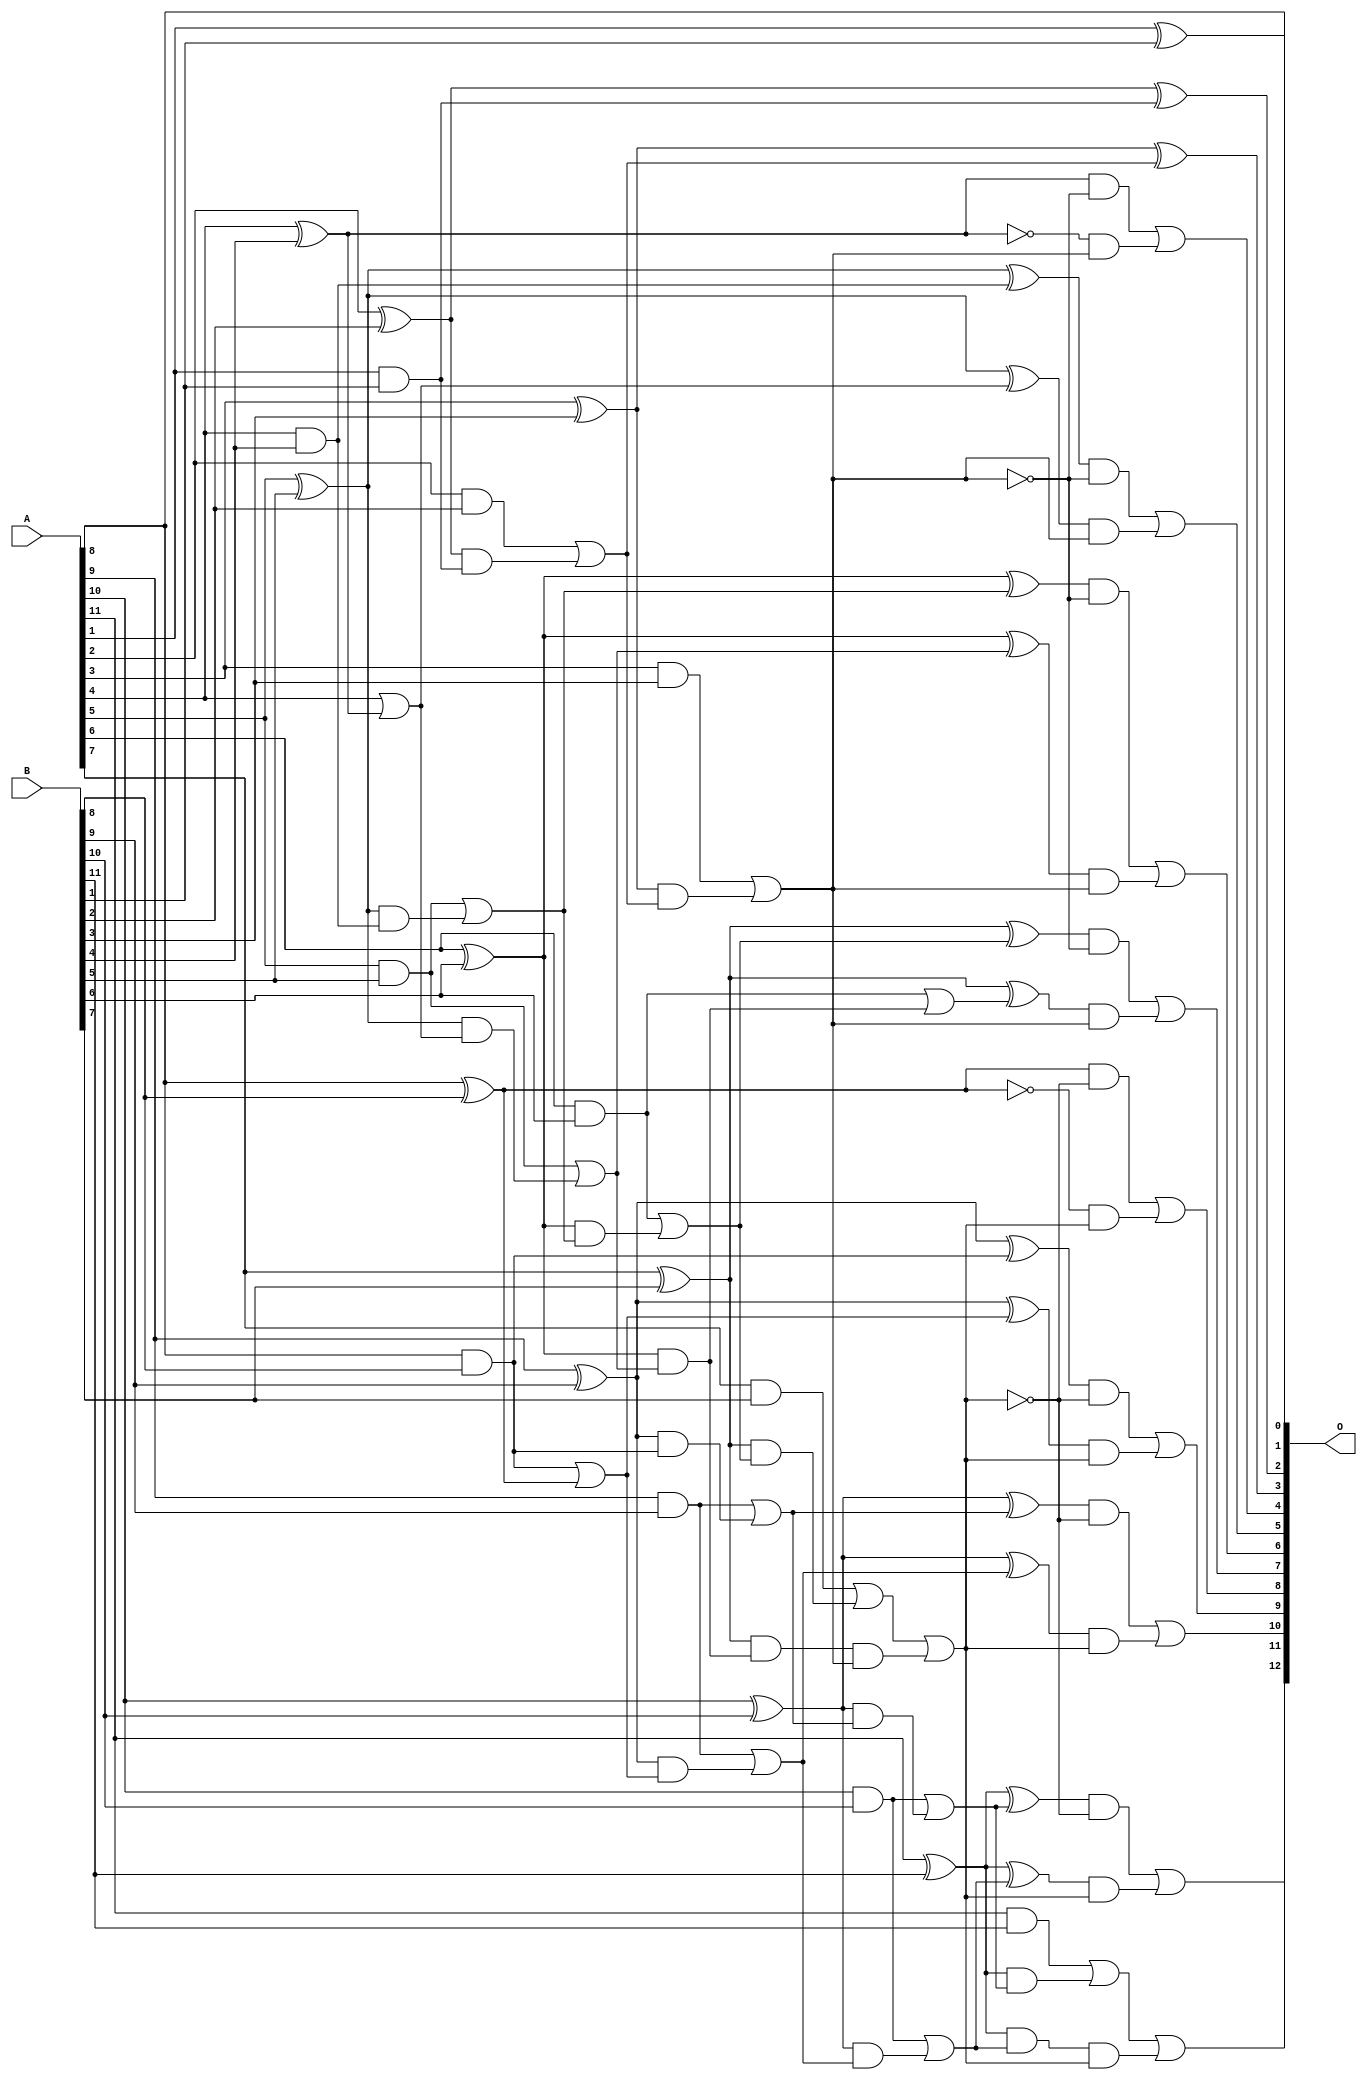
/***
* This code is a part of EvoApproxLib library (ehw.fit.vutbr.cz/approxlib) distributed under The MIT License.
* When used, please cite the following article(s): PRABAKARAN B. S., MRAZEK V., VASICEK Z., SEKANINA L., SHAFIQUE M. ApproxFPGAs: Embracing ASIC-based Approximate Arithmetic Components for FPGA-Based Systems. DAC 2020. 
***/
// MAE% = 0.0098 %
// MAE = 0.8 
// WCE% = 0.024 %
// WCE = 2.0 
// WCRE% = 100.00 %
// EP% = 62.50 %
// MRE% = 0.026 %
// MSE = 1.0 
// FPGA_POWER = 0.43
// FPGA_DELAY = 7.7
// FPGA_LUT = 17

module add12u_1C0(A, B, O);
  input [11:0] A, B;
  output [12:0] O;
  wire n_253, n_414, n_318, n_250, n_256, n_312, n_259, n_417, n_315, n_45;
  wire n_42, n_48, n_380, n_383, n_148, n_389, n_303, n_405, n_402, n_244;
  wire n_247, n_408, n_30, n_33, n_39, n_392, n_396, n_151, n_399, n_154;
  wire n_157, n_231, n_293, n_234, n_23, n_22, n_21, n_20, n_262, n_290;
  wire n_343, n_327, n_324, n_129, n_321, n_126, n_120, n_123, n_182, n_228;
  wire n_346, n_340, n_185, n_222, n_188, n_420, n_268, n_18, n_19, n_16;
  wire n_17, n_14, n_15, n_12, n_13, n_10, n_11, n_95, n_92, n_386;
  wire n_98, n_330, n_306, n_138, n_337, n_135, n_355, n_352, n_194, n_197;
  wire n_191, n_358, n_82, n_86, n_89, n_101, n_107, n_104, n_361, n_365;
  wire n_368, n_371, n_117, n_110, n_79, n_299, n_113, n_296, n_76, n_70;
  wire n_73, n_216, n_213, n_210, n_219, n_275, n_51, n_272, n_374, n_377;
  wire n_278, n_163, n_166, n_169, n_281, n_64, n_284, n_61, n_287, n_203;
  wire n_206, n_309, n_265, n_8, n_9, n_4, n_5, n_6, n_7, n_0;
  wire n_1, n_2, n_3, n_172, n_58, n_179, n_55, n_67;
  assign n_0 = A[0];
  assign n_1 = A[1];
  assign n_2 = A[2];
  assign n_3 = A[3];
  assign n_4 = A[4];
  assign n_5 = A[5];
  assign n_6 = A[6];
  assign n_7 = A[7];
  assign n_8 = A[8];
  assign n_9 = A[9];
  assign n_10 = A[10];
  assign n_11 = A[11];
  assign n_12 = B[0];
  assign n_13 = B[1];
  assign n_14 = B[2];
  assign n_15 = B[3];
  assign n_16 = B[4];
  assign n_17 = B[5];
  assign n_18 = B[6];
  assign n_19 = B[7];
  assign n_20 = B[8];
  assign n_21 = B[9];
  assign n_22 = B[10];
  assign n_23 = B[11];
  assign n_30 = n_1 ^ n_13;
  assign n_33 = n_1 & n_13;
  assign n_39 = n_30;
  assign n_42 = n_33;
  assign n_45 = n_2 ^ n_14;
  assign n_48 = n_2 & n_14;
  assign n_51 = n_45 & n_42;
  assign n_55 = n_45 ^ n_33;
  assign n_58 = n_48 | n_51;
  assign n_61 = n_3 ^ n_15;
  assign n_64 = n_3 & n_15;
  assign n_67 = n_61 & n_58;
  assign n_70 = n_61 ^ n_58;
  assign n_73 = n_64 | n_67;
  assign n_76 = n_4 ^ n_16;
  assign n_79 = n_4 & n_16;
  assign n_82 = n_5 ^ n_17;
  assign n_86 = n_5 & n_17;
  assign n_89 = n_82 & n_79;
  assign n_92 = n_82 ^ n_79;
  assign n_95 = n_86 | n_89;
  assign n_98 = n_6 ^ n_18;
  assign n_101 = n_6 & n_18;
  assign n_104 = n_98 & n_95;
  assign n_107 = n_98 ^ n_95;
  assign n_110 = n_101 | n_104;
  assign n_113 = n_7 ^ n_19;
  assign n_117 = n_7 & n_19;
  assign n_120 = n_113 & n_110;
  assign n_123 = n_113 ^ n_110;
  assign n_126 = n_117 | n_120;
  assign n_129 = n_4 ^ n_16;
  assign n_135 = ~n_129;
  assign n_138 = n_4 | n_76;
  assign n_148 = n_82 & n_138;
  assign n_151 = n_82 ^ n_138;
  assign n_154 = n_86 | n_148;
  assign n_157 = n_6 ^ n_18;
  assign n_163 = n_157 & n_154;
  assign n_166 = n_98 ^ n_154;
  assign n_169 = n_101 | n_163;
  assign n_172 = n_7 ^ n_19;
  assign n_179 = n_172 & n_163;
  assign n_182 = n_172 ^ n_169;
  assign n_185 = n_179;
  assign n_188 = ~n_73;
  assign n_191 = n_76 & n_188;
  assign n_194 = n_135 & n_73;
  assign n_197 = n_191 | n_194;
  assign n_203 = n_92 & n_188;
  assign n_206 = n_151 & n_73;
  assign n_210 = n_203 | n_206;
  assign n_213 = ~n_73;
  assign n_216 = n_107 & n_213;
  assign n_219 = n_166 & n_73;
  assign n_222 = n_216 | n_219;
  assign n_228 = n_123 & n_188;
  assign n_231 = n_182 & n_73;
  assign n_234 = n_228 | n_231;
  assign n_244 = n_185 & n_73;
  assign n_247 = n_126 | n_244;
  assign n_250 = n_8 ^ n_20;
  assign n_253 = n_8 & n_20;
  assign n_256 = n_9 ^ n_21;
  assign n_259 = n_9 & n_21;
  assign n_262 = n_256 & n_253;
  assign n_265 = n_256 ^ n_253;
  assign n_268 = n_259 | n_262;
  assign n_272 = n_10 ^ n_22;
  assign n_275 = n_10 & n_22;
  assign n_278 = n_272 & n_268;
  assign n_281 = n_272 ^ n_268;
  assign n_284 = n_275 | n_278;
  assign n_287 = n_11 ^ n_23;
  assign n_290 = n_11 & n_23;
  assign n_293 = n_287 & n_284;
  assign n_296 = n_287 ^ n_284;
  assign n_299 = n_290 | n_293;
  assign n_303 = n_8 ^ n_20;
  assign n_306 = n_8 & n_20;
  assign n_309 = ~n_303;
  assign n_312 = n_306 | n_303;
  assign n_315 = n_9 ^ n_21;
  assign n_318 = n_9 & n_21;
  assign n_321 = n_315 & n_312;
  assign n_324 = n_315 ^ n_312;
  assign n_327 = n_318 | n_321;
  assign n_330 = n_10 ^ n_22;
  assign n_337 = n_272 & n_327;
  assign n_340 = n_330 ^ n_327;
  assign n_343 = n_275 | n_337;
  assign n_346 = n_11 ^ n_23;
  assign n_352 = n_346 & n_343;
  assign n_355 = n_346 ^ n_343;
  assign n_358 = n_352;
  assign n_361 = ~n_247;
  assign n_365 = n_250 & n_361;
  assign n_368 = n_309 & n_247;
  assign n_371 = n_365 | n_368;
  assign n_374 = ~n_247;
  assign n_377 = n_265 & n_374;
  assign n_380 = n_324 & n_247;
  assign n_383 = n_377 | n_380;
  assign n_386 = ~n_247;
  assign n_389 = n_281 & n_386;
  assign n_392 = n_340 & n_247;
  assign n_396 = n_389 | n_392;
  assign n_399 = ~n_247;
  assign n_402 = n_296 & n_399;
  assign n_405 = n_355 & n_247;
  assign n_408 = n_402 | n_405;
  assign n_414 = n_299;
  assign n_417 = n_358 & n_247;
  assign n_420 = n_414 | n_417;
  assign O[0] = n_8;
  assign O[1] = n_39;
  assign O[2] = n_55;
  assign O[3] = n_70;
  assign O[4] = n_197;
  assign O[5] = n_210;
  assign O[6] = n_222;
  assign O[7] = n_234;
  assign O[8] = n_371;
  assign O[9] = n_383;
  assign O[10] = n_396;
  assign O[11] = n_408;
  assign O[12] = n_420;
endmodule